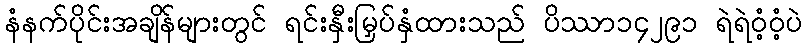
နံနက်ပိုင်းအချိန်များတွင် ရင်းနှီးမြှပ်နှံထားသည် ပိဿာ၁၄၂၉၁ ရဲရဲဝံ့ဝံ့ပဲ